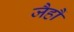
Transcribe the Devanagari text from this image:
जैहौं